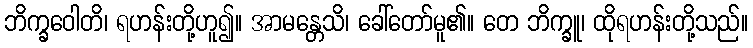
ဘိက္ခဝေါတိ၊ ရဟန်းတို့ဟူ၍။ အာမန္တေသိ၊ ခေါ်တော်မူ၏။ တေ ဘိက္ခူ၊ ထိုရဟန်းတို့သည်။